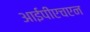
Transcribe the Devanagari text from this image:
आईपीएचएन